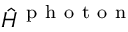
\hat { H } ^ { \mathrm { ~ p ~ h ~ o ~ t ~ o ~ n ~ } }